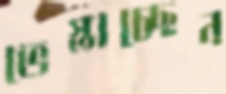
ভেস্তাচ্ছেন